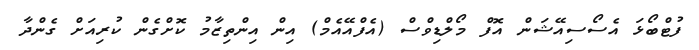
ފުޓްބޯޅަ އެސޯސިއޭޝަން އޮފް މޯލްޑިވްސް (އެފްއޭއެމް) އިން އިންތިޒާމު ކޮށްގެން ކުރިއަށް ގެންދާ